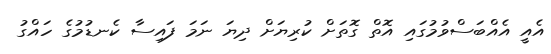
އެއީ އެއްބަސްވުމުގައި އޮތް ގޮތަށް ކުރިޔަށް ދިޔަ ނަމަ ފައިސާ ކެނޑުމުގެ ހައްގު